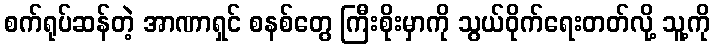
စက်ရုပ်ဆန်တဲ့ အာဏာရှင် စနစ်တွေ ကြီးစိုးမှာကို သွယ်ဝိုက်ရေးတတ်လို့ သူ့ကို